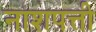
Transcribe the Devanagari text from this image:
नाशपत्ती